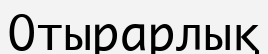
Отырарлық